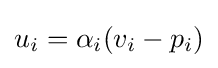
u_{i}=\alpha _{i}(v_{i}-p_{i})